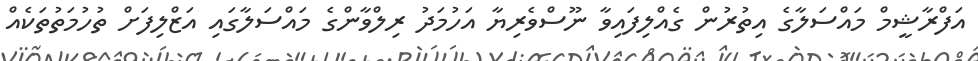
އަފްރާޝީމް މައްސަލާގެ އިތުރުން ގެއްލިފައިވާ ނޫސްވެރިޔާ އަހުމަދު ރިލްވާންގެ މައްސަލާގައި އަޒްލިފަށް ތުހުމަތުތަކެއް